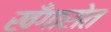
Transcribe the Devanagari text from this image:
खँगारोत